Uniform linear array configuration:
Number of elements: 8
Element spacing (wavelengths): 1
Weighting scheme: blackman
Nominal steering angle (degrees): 30
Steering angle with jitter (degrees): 30.344
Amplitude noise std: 0.05
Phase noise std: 0.05

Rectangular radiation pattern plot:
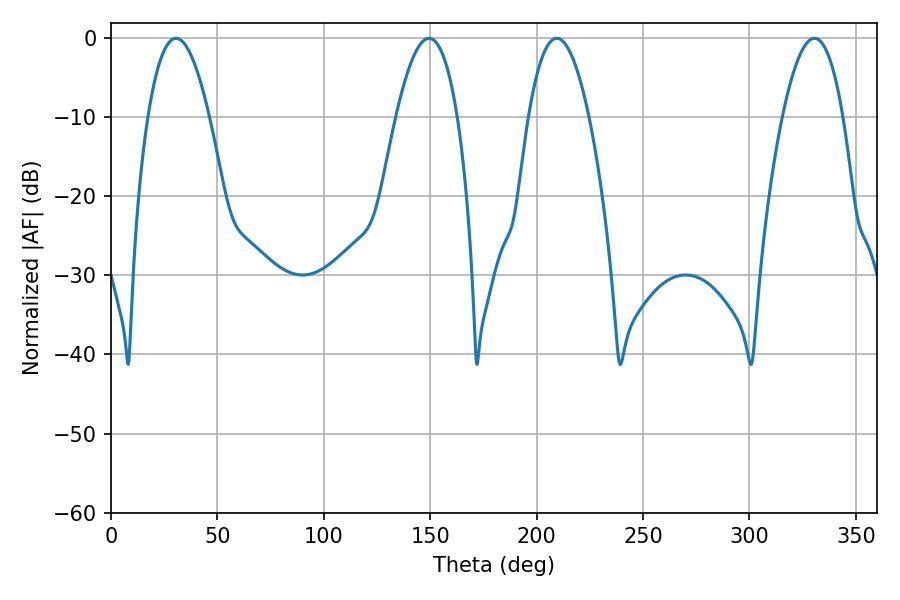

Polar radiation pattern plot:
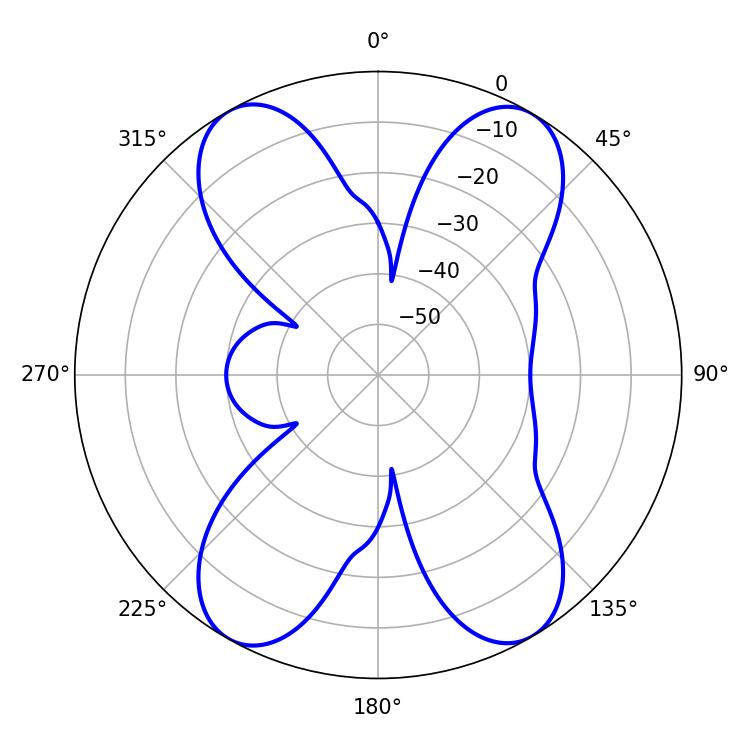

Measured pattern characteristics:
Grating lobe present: TRUE
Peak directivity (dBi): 20.542
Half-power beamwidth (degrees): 15.84
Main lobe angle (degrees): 30.6